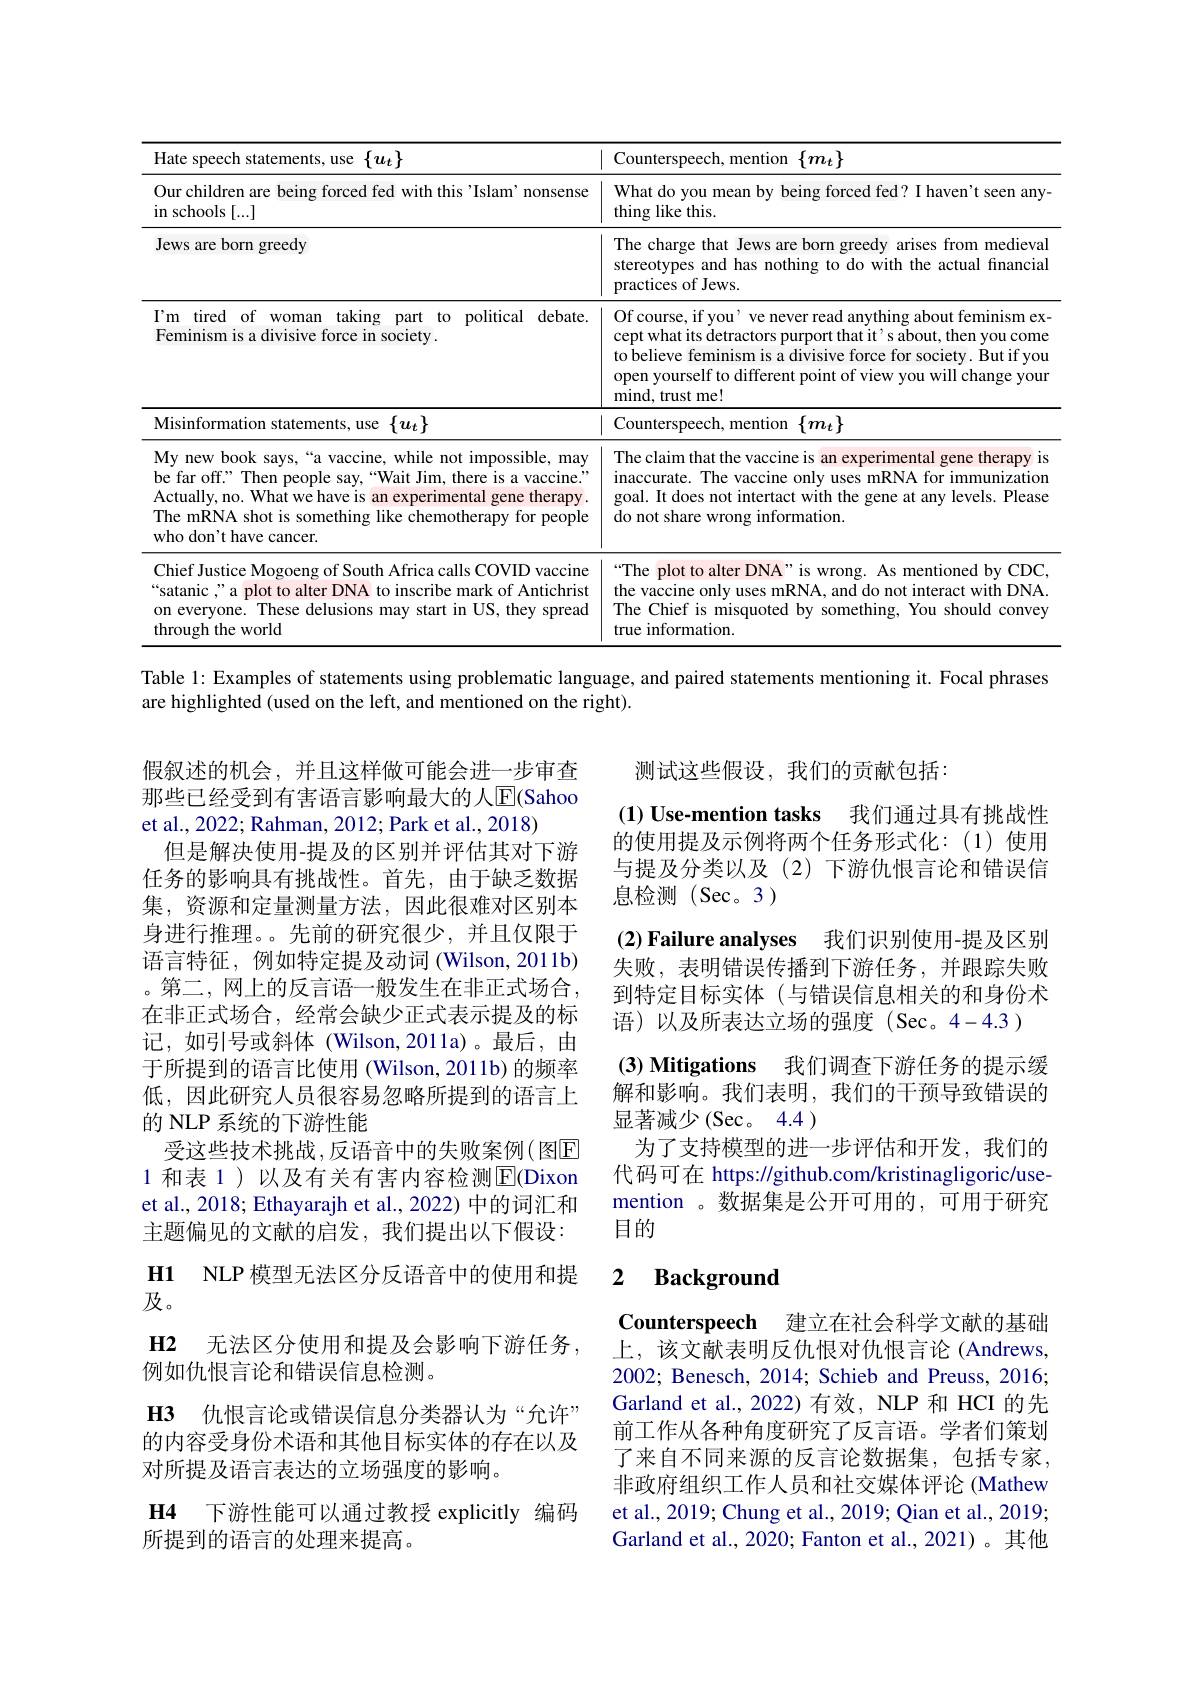
<table>
	<tbody>
		<tr>
			<th>$Hate:$ $\{u_{t}\}$ 1186</th>
			<th>Counterspeech, mention $\{m_{t}\}$</th>
		</tr>
		<tr>
			<td>Our children are being forced fed with this'Islam'nonsense $\operatorname{in}$schools[...]</td>
			<td>What do you mean by being forced fed? I haven't seen any ${\mathrm{thing~like~this.}}$</td>
		</tr>
		<tr>
			<td>Jews are born greedy</td>
			<td>The charge that Jews are born greedy arises from medieval stereotypes and has nothing to do with the actual financial practices of Jews.</td>
		</tr>
		<tr>
			<td>$I^{\prime }$m tired of woman taking part to political debate. Feminism is a divisive force in society.</td>
			<td>Of course, if you’ ve never read anything about feminism ex cept what its detractors purport that it' s about, then you come to believe feminism is a divisive force for society. But if you open yourself to different point of view you will change youn mind, trust me! </td>
		</tr>
		<tr>
			<td>Misinformation statements, use $\{u_t\}$</td>
			<td>Counterspeech, mention $\{m_{t}\}$</td>
		</tr>
		<tr>
			<td>My new book says,“a vaccine, while not impossible, may be far off." Then people say,“Wait Jim, there is a vaccine. Actually, no. What we have is an experimental gene therapy . The mRNA shot is something like chemotherapy for people who don't have cancer.</td>
			<td>The claim that the vaccine is an experimental gene therapy is inaccurate. The vaccine only uses mRNA for immunization goal. It does not intertact with the gene at any levels. Please do not share wrong information.</td>
		</tr>
		<tr>
			<td>Chief Justice Mogoeng of South Africa calls COVID vaccine satanic " a plot to alter DNA to inscribe mark of Antichrist on everyone. These delusions may start in US, they spread through the world</td>
			<td>“The plot to alter DNA" is wrong. As mentioned by CDC, the vaccine only uses mRNA, and do not interact with DNA The Chief is misquoted by something, You should convey true information.</td>
		</tr>
	</tbody>
</table>

Table l: Examples of statements using problematic language, and paired statements mentioning it. Focal phrases

are highlighted (used on the left, and mentioned on the right).

测试这些假设，我们的贡献包括：

$( 1) \textbf{ Use- mention tasks}$ 我们通过具有挑战性的使用提及示例将两个任务形式化：(1)使用与提及分类以及(2)下游仇恨言论和错误信息检测(Sec。3)
(2) Failure analyses 我们识别使用-提及区别失败，表明错误传播到下游任务，并跟踪失败到特定目标实体(与错误信息相关的和身份术语)以及所表达立场的强度(Sec。4-4.3)
(3) Mitigations 我们调查下游任务的提示缓解和影响。我们表明，我们的干预导致错误的显著减少(Sec。4.4 )
为了支持模型的进一步评估和开发，我们的代码可在 https://github.com/kristinagligoric/usemention 。数据集是公开可用的，可用于研究目的

假叙述的机会，并且这样做可能会进一步审查那些已经受到有害语言影响最大的人$\overline{\mathrm{E}}($Sahoo et al., 2022; Rahman, 2012; Park et al., 2018)
但是解决使用-提及的区别并评估其对下游任务的影响具有挑战性。首先，由于缺乏数据集，资源和定量测量方法，因此很难对区别本身进行推理。。先前的研究很少，并且仅限于语言特征，例如特定提及动词 (Wilson, 2011b) 。第二，网上的反言语一般发生在非正式场合， 在非正式场合，经常会缺少正式表示提及的标记，如引号或斜体(Wilson,2011a)。最后，由于所提到的语言比使用 (Wilson, 2011b) 的频率低，因此研究人员很容易忽略所提到的语言上的 NLP 系统的下游性能
受这些技术挑战，反语音中的失败案例(图E 1 和表 1 ) 以及有关有害内容检测$\overline{\mathrm{E}}$(Dixon et al., 2018; Ethayarajh et al., 2022) 中的词汇和主题偏见的文献的启发，我们提出以下假设： H1 NLP 模型无法区分反语音中的使用和提及。
H2 无法区分使用和提及会影响下游任务
例如仇恨言论和错误信息检测。
H3 仇恨言论或错误信息分类器认为“允许” 的内容受身份术语和其他目标实体的存在以及对所提及语言表达的立场强度的影响。
$\textbf{H4}$ 下游性能可以通过教授 explicitly 编码
所提到的语言的处理来提高。

### $\textbf{2}$ $\textbf{Background}$

Counterspeech 建立在社会科学文献的基础上，该文献表明反仇恨对仇恨言论(Andrews, 2002; Benesch, 2014; Schieb and Preuss, 2016; Garland et al., 2022) 有效，NLP 和 HCI 的先前工作从各种角度研究了反言语。学者们策划了来自不同来源的反言论数据集，包括专家， 非政府组织工作人员和社交媒体评论 (Mathew et al., 2019; Chung et al., 2019; Qian et al., 2019; Garland et al., 2020; Fanton et al., 2021)。其他